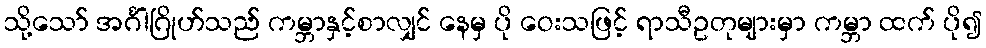
သို့သော် အင်္ဂါဂြိုဟ်သည် ကမ္ဘာနှင့်စာလျှင် နေမှ ပို ဝေးသဖြင့် ရာသီဥတုများမှာ ကမ္ဘာ ထက် ပို၍